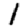
Digit: 1